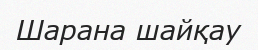
Шарана шайқау